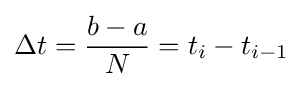
\Delta t={\frac {b-a}{N}}=t_{i}-t_{i-1}